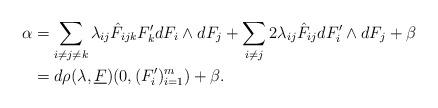
LaTeX: \begin{align*}\alpha &= \sum_{i\ne j\ne k}\lambda_{ij} \hat{F}_{ijk}F_k'dF_i\wedge dF_j + \sum_{i\ne j}2\lambda_{ij} \hat{F}_{ij} dF_i'\wedge dF_j + \beta \\&= d\rho(\lambda,\underline{F})(0,(F_i')_{i=1}^m) + \beta . \end{align*}